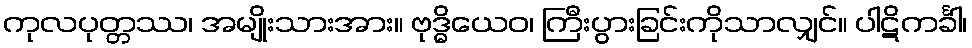
ကုလပုတ္တဿ၊ အမျိုးသားအား။ ဗုဒ္ဓိယေဝ၊ ကြီးပွားခြင်းကိုသာလျှင်။ ပါဋိကင်္ခါ၊